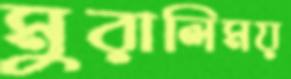
মুরালিময়